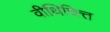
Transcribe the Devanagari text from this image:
वीथिचित्त